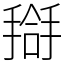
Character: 搿